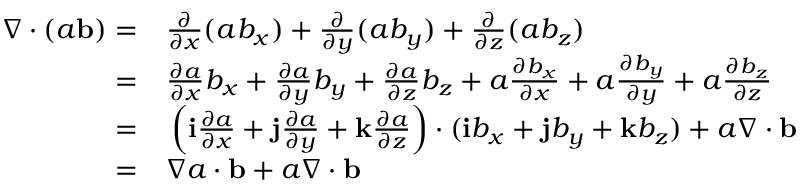
\begin{array} { r l } { \nabla \cdot ( a { \mathbf b } ) = } & { { } \frac { \partial } { \partial x } ( a b _ { x } ) + \frac { \partial } { \partial y } ( a b _ { y } ) + \frac { \partial } { \partial z } ( a b _ { z } ) } \\ { = } & { { } \frac { \partial a } { \partial x } b _ { x } + \frac { \partial a } { \partial y } b _ { y } + \frac { \partial a } { \partial z } b _ { z } + a \frac { \partial b _ { x } } { \partial x } + a \frac { \partial b _ { y } } { \partial y } + a \frac { \partial b _ { z } } { \partial z } } \\ { = } & { { } \left( \mathbf { i } \frac { \partial a } { \partial x } + \mathbf { j } \frac { \partial a } { \partial y } + \mathbf { k } \frac { \partial a } { \partial z } \right) \cdot ( \mathbf { i } b _ { x } + \mathbf { j } b _ { y } + \mathbf { k } b _ { z } ) + a \nabla \cdot { \mathbf b } } \\ { = } & { { } \nabla a \cdot { \mathbf b } + a \nabla \cdot { \mathbf b } } \end{array}